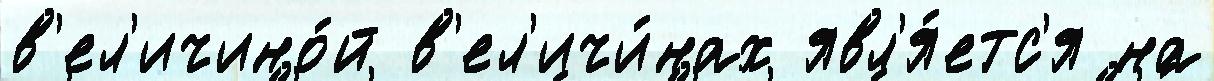
в'ел'ичино́й в'ел'ичи́нах явл'я́етс'я на